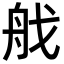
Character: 𦨜